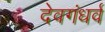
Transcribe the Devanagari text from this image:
देवगंधर्व